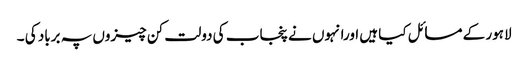
لاہور کے مسائل کیا ہیں اورانہوں نے پنجاب کی دولت کن چیزوں پہ برباد کی ۔